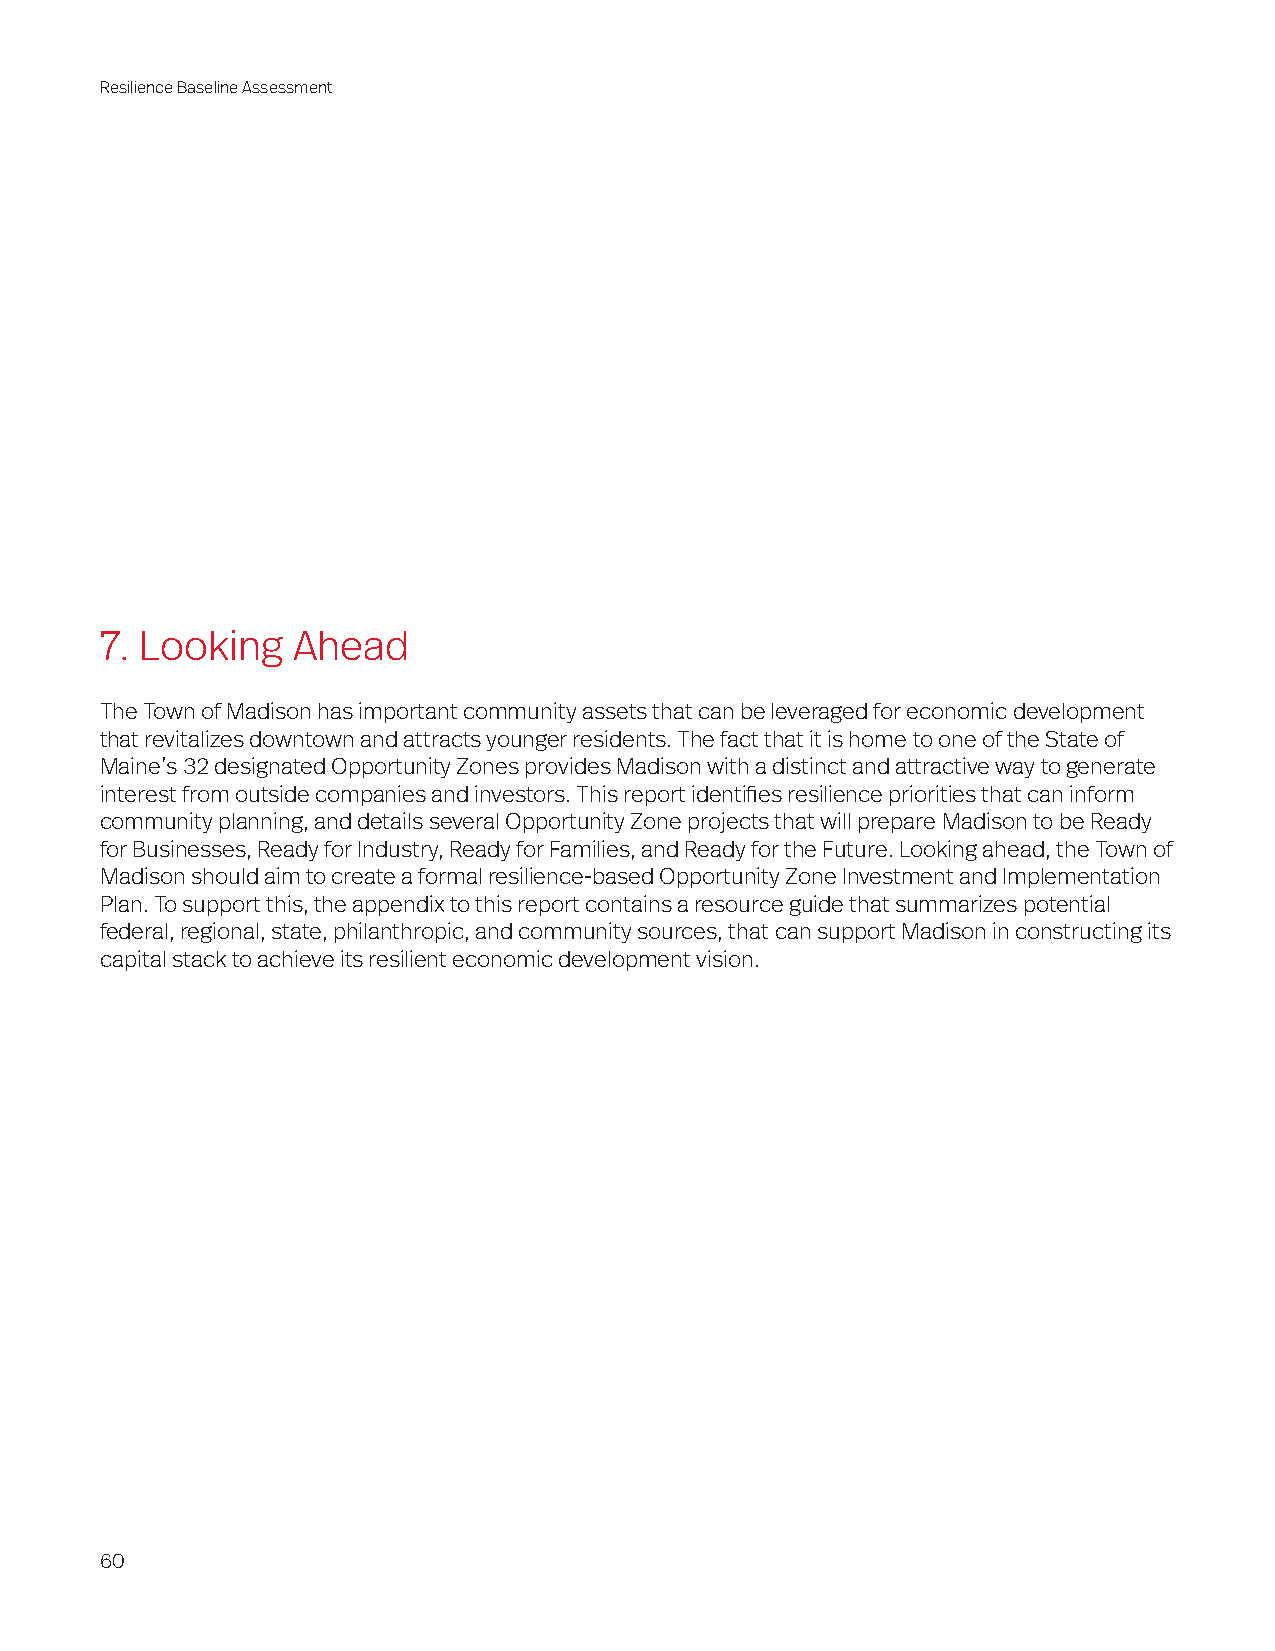
Resilience Baseline Assessment
 7. Looking  Ahead
 The Town of Madison has important community assets that can be leveraged for economic development
 that revitalizes downtown and attracts younger residents. The fact that it is home to one of the State of
 Maine’s 32 designated Opportunity Zones provides Madison with a distinct and attractive way to generate
 interest from outside companies and investors. This report identifies resilience priorities that can inform
 community planning, and details several Opportunity Zone projects that will prepare Madison to be Ready
 for Businesses, Ready for Industry, Ready for Families, and Ready for the Future. Looking ahead, the Town of
 Madison should aim to create a formal resilience-based Opportunity Zone Investment and Implementation
 Plan. To support this, the appendix to this report contains a resource guide that summarizes potential
 federal, regional, state, philanthropic, and community sources, that can support Madison in constructing its
 capital stack to achieve its resilient economic development vision.
 60